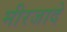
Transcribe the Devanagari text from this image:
मीरजादे